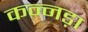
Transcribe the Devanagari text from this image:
कन्नड़ा